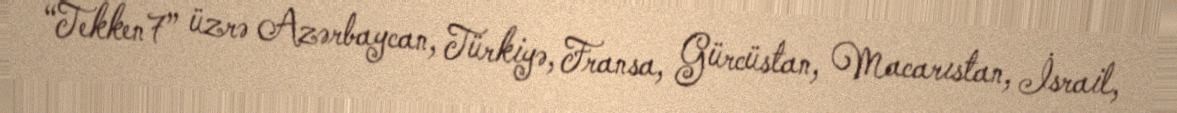
“Tekken7” üzrə Azərbaycan, Türkiyə, Fransa, Gürcüstan, Macarıstan, İsrail,